Report on the working of the Ranchi Indian Mental Hospital, Kanke, in Bihar and Orissa - 1930-1940
Year: 1930
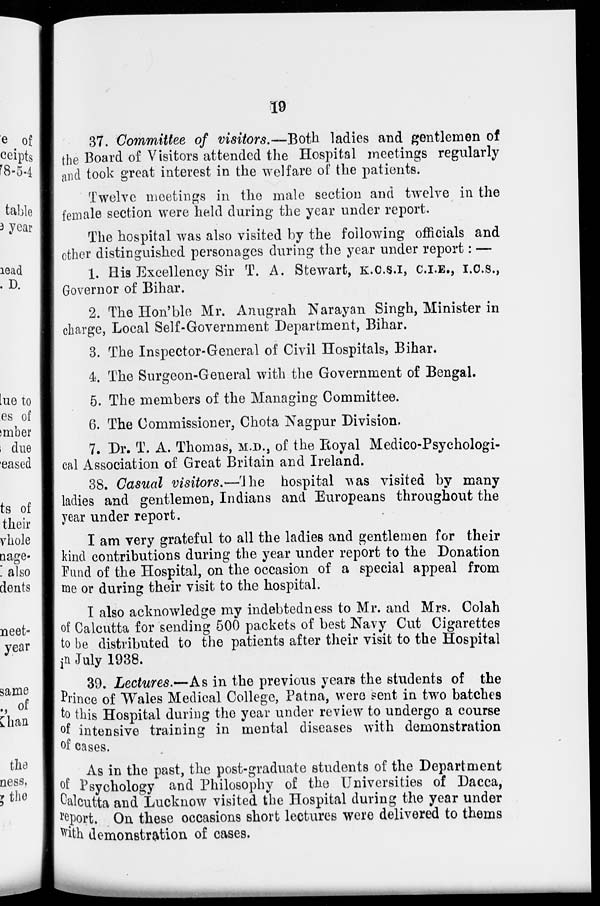
19
37. Committee of visitors.—Both ladies and gentlemen of
the Board of Visitors attended the Hospital meetings regularly-
and took great interest in the welfare of the patients.
Twelve meetings in the male section and twelve in the
female section were held during the year under report.
The hospital was also visited by the following officials and
other distinguished personages during the year under report: —
1. His Excellency Sir T. A. Stewart, K.C.S.I, C.I.E., I.C.S.,
Governor of Bihar.
2. The Hon'ble Mr. Anugrah Narayan Singh, Minister in
charge, Local Self-Government Department, Bihar.
3. The Inspector-General of Civil Hospitals, Bihar.
4. The Surgeon-General with the Government of Bengal.
5. The members of the Managing Committee.
6. The Commissioner, Chota Nagpur Division.
7. Dr. T. A. Thomas, M.D., of the Royal Medico-Psychologi-
cal Association of Great Britain and Ireland.
38. Casual visitors.—The hospital was visited by many
ladies and gentlemen, Indians and Europeans throughout the
year under report.
I am very grateful to all the ladies and gentlemen for their
kind contributions during the year under report to the Donation
Fund of the Hospital, on the occasion of a special appeal from
me or during their visit to the hospital.
I also acknowledge my indebtedness to Mr. and Mrs. Colah
of Calcutta for sending 500 packets of best Navy Cut Cigarettes
to be distributed to the patients after their visit to the Hospital
in July 1938.
39. Lectures.—-As in the previous years the students of the
Prince of "Wales Medical College, Patna , were sent in two batches
to this Hospital during the year under review to undergo a course
of intensive training in mental diseases with demonstration
of cases.
As in the past, the post-graduate students of the Department
of Psychology and Philosophy of the Universities of Dacca,
Calcutta and Lucknow visited the Hospital during the year under
report. On these occasions short lectures were delivered to thems
with demonstration of cases.